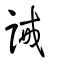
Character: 誡